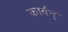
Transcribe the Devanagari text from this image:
कार्बन्